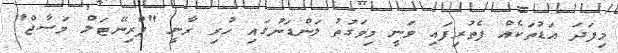
މިފަދަ އަޑުތަކެއް ފެތުރިފައި ވަނީ މިވަގުތު ލަންޑަނުގައި ހުރި ރާނީ "ޕްރިނޭޓަލް މަސާޖް"